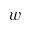
w